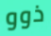
ذوو